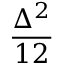
\frac { \Delta ^ { 2 } } { 1 2 }